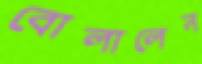
বোলালেন